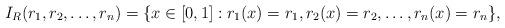
LaTeX: \begin{align*} I_R (r_1, r_2, \ldots, r_n) = \{x \in [0, 1]: r_1(x) = r_1, r_2(x) = r_2, \ldots, r_n(x) = r_n \},\end{align*}